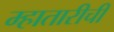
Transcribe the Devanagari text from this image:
म्हातारीची